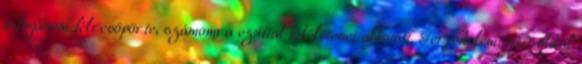
kifogásom félresöpörte, számomra ezúttal tökéleteset alkotott. Terjedelem: 540 oldal